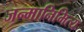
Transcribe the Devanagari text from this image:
जन्मानिमित्य